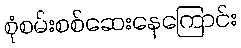
စုံစမ်းစစ်ဆေးနေကြောင်း